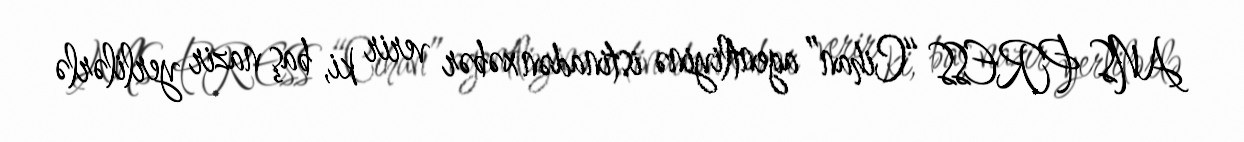
ANS PRESS “Cihan” agentliyinə istinadən xəbər verir ki, baş nazir yerlilərlə